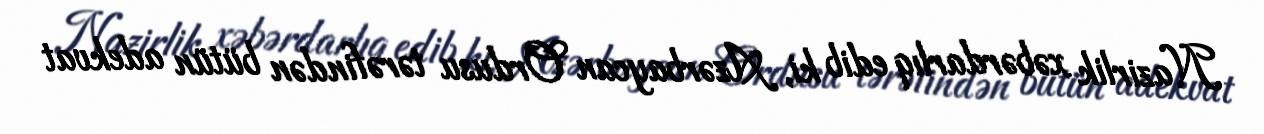
Nazirlik xəbərdarlıq edib ki, Azərbaycan Ordusu tərəfindən bütün adekvat